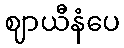
ဈာယီနံပေ